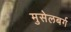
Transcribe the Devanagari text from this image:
मुसेलबर्ग